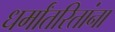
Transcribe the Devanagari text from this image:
धर्मांतरितांना